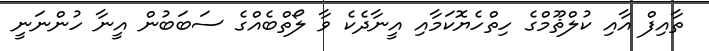
ތާއިފް އާއި ކުލްޘޫމްގެ ހިތްހެޔޮކަމާއި އީނާދެކެ ވާ ލޯތްބެއްގެ ސަބަބުން އީނާ ހުންނަނީ